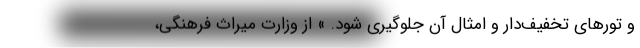
و تورهای تخفیف‌دار و امثال آن جلوگیری شود. » از وزارت میراث فرهنگی،